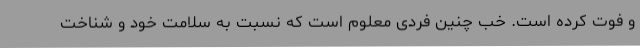
و فوت کرده است. خب چنین فردی معلوم است که نسبت به سلامت خود و شناخت